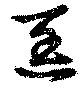
匡